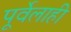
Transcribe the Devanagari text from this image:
पूर्वेलाही